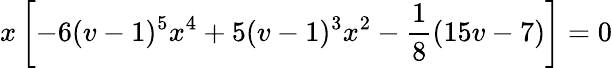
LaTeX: x\left[-6(v-1)^{5}x^{4}+5(v-1)^{3}x^{2}-\frac{1}{8}(15v-7)\right]=0